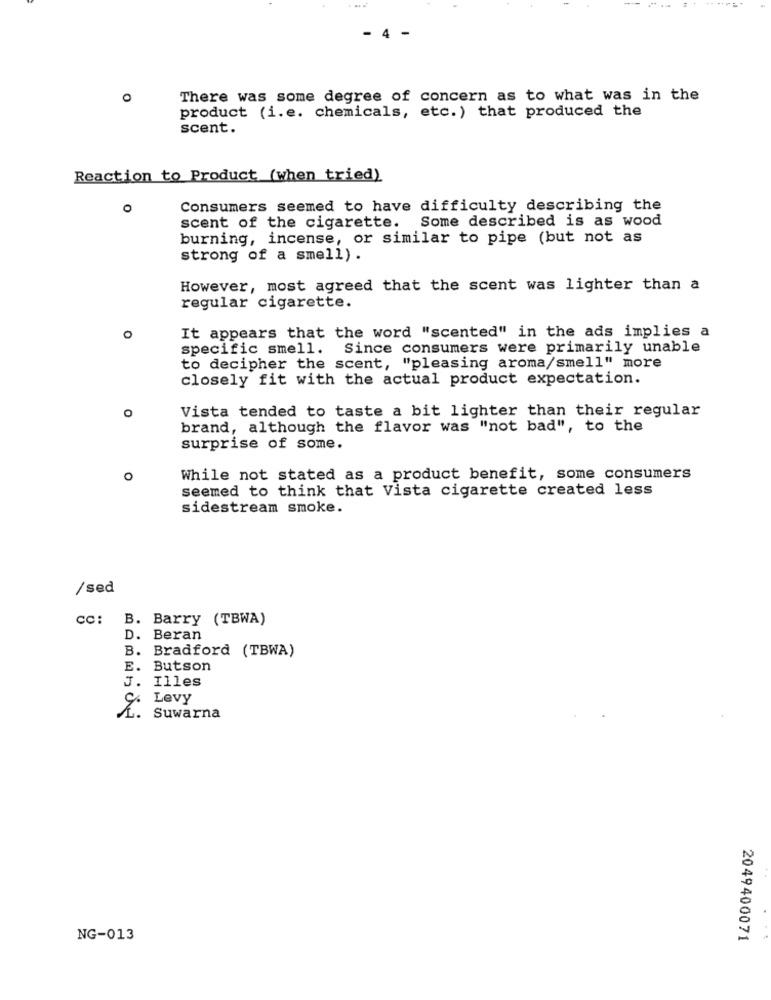
- 4 -
O
There was some degree of concern as to what was in the
product (i. e. chemicals, etc. ) that produced the
scent.
Reaction to Product (when tried)
O
Consumers seemed to have difficulty describing the
scent of the cigarette. Some described is as wood
burning, incense, or similar to pipe (but not as
strong of a smell) .
However, most agreed that the scent was lighter than a
regular cigarette.
It appears that the word "scented" in the ads implies a
specific smell. Since consumers were primarily unable
to decipher the scent, "pleasing aroma/smell" more
closely fit with the actual product expectation.
O
Vista tended to taste a bit lighter than their regular
brand, although the flavor was "not bad", to the
surprise of some.
O
While not stated as a product benefit, some consumers
seemed to think that Vista cigarette created less
sidestream smoke.
/sed
cc: B. Barry (TBWA)
D.
Beran
B.
Bradford (TBWA)
E. Butson
J.
Illes
Levy
Suwarna
NG-013
2049400071